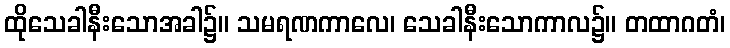
ထိုသေခါနီးသောအခါ၌။ သမရဏကာလေ၊ သေခါနီးသောကာလ၌။ တထာဂတံ၊